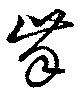
歯